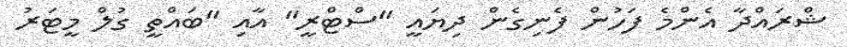
ޝްރައްދާ އެންމެ ފަހުން ފެނިގެން ދިޔައީ "ސްޓްރީ" އާއި "ބައްތީ ގުލް މީޓަރު